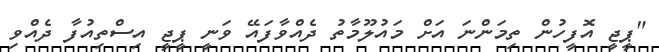
"ޕީޖީ އޮފީހުން ތިމަންނަ އަށް މައުލޫމާތު ދެއްވާފައޭ ވަނީ ޕީޖީ އިސްތިއުފާ ދެއްވި